Civil Veterinary Dept. North-West Frontier Province 1923-32 - 1923-1932
Year: 1923
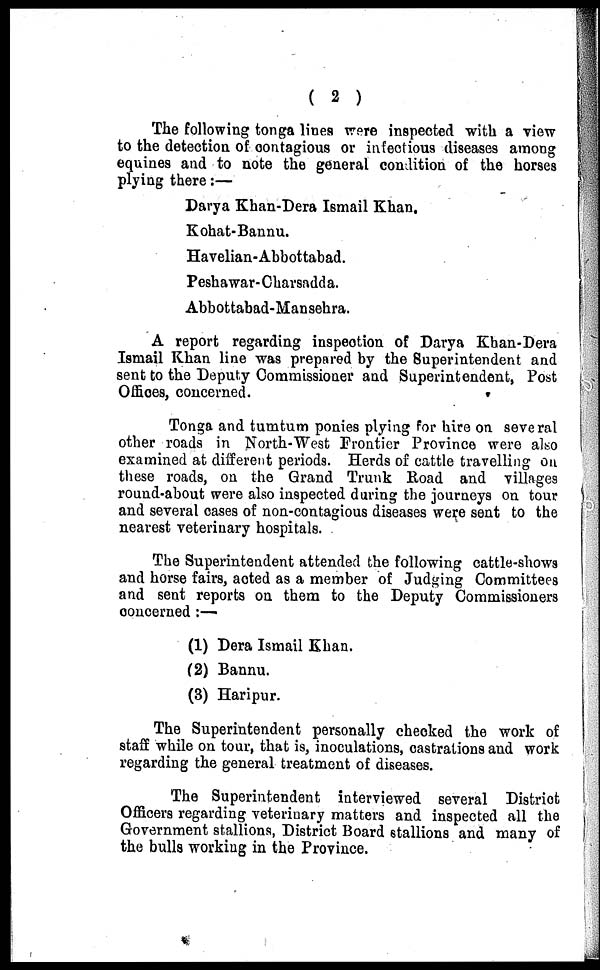
( 2 )
The following tonga lines were inspected with a view
to the detection of contagious or infectious diseases among
equines and to note the general condition of the horses
plying there:—
Darya Khan-Dera Ismail Khan.
Kohat-Bannu.
Havelian-Abbottabad.
Peshawar- Charsadda.
Abbottabad-Mansehra.
A report regarding inspection of Darya Khan-Dera
Ismail Khan line was prepared by the Superintendent and
sent to the Deputy Commissioner and Superintendent, Post
Offices, concerned.
Tonga and tumtum ponies plying for hire on several
other roads in North-West Frontier Province were also
examined at different periods. Herds of cattle travelling on
these roads, on the Grand Trunk Road and villages
round-about were also inspected during the journeys on tour
and several cases of non-contagious diseases were sent to the
nearest veterinary hospitals.
The Superintendent attended the following cattle-shows
and horse fairs, acted as a member of Judging Committees
and sent reports on them to the Deputy Commissioners
concerned:—
(1) Dera Ismail Khan.
(2) Bannu.
(3) Haripur.
The Superintendent personally checked the work of
staff while on tour, that is, inoculations, castrations and work
regarding the general treatment of diseases.
The Superintendent interviewed several District
Officers regarding veterinary matters and inspected all the
Government stallions, District Board stallions and many of
the bulls working in the Province.